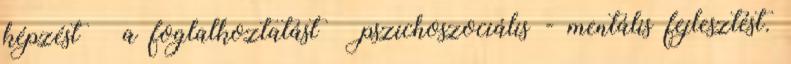
képzést  a foglalkoztatást  pszichoszociális - mentális fejlesztést.